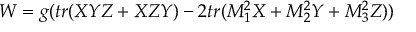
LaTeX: W = g ( t r ( X Y Z + X Z Y ) - 2 t r ( M _ { 1 } ^ { 2 } X + M _ { 2 } ^ { 2 } Y + M _ { 3 } ^ { 2 } Z ) )